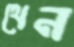
থেন